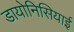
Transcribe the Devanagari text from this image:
डायोनिसियाई